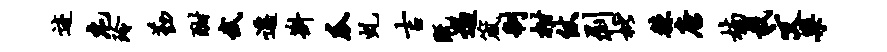
迹庀玲勤酣武迁斟瓜虬吉既遏箴制柑仗剥枇棘唐楠栽文乐